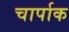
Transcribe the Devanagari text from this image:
चार्पाक